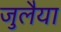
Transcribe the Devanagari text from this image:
जुलैया